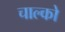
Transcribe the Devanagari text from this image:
चाल्को